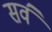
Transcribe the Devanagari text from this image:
सव॔